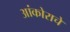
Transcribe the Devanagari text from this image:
आंकोराचे